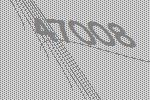
47008